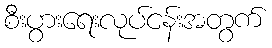
စီးပွားရေးလုပ်ငန်းအတွက်